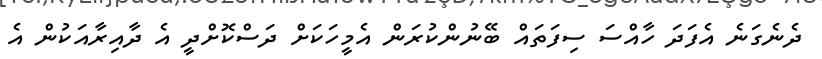
ދެނެގަނެ އެފަދަ ހާއްސަ ސިފަތައް ބޭނުންކުރަން އެމީހަކަށް ދަސްކޮށްދީ އެ ދާއިރާއަކުން އެ